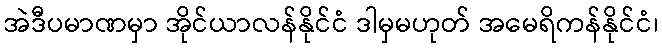
အဲဒီပမာဏမှာ အိုင်ယာလန်နိုင်ငံ ဒါမှမဟုတ် အမေရိကန်နိုင်ငံ၊